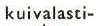
kuivalasti-